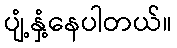
ပျံ့နှံ့နေပါတယ်။